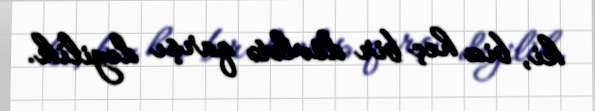
ki, biz heç bir dövlətə qarşı deyilik.